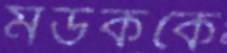
মউককে